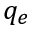
q _ { e }